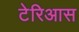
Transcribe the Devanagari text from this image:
टेरिआस